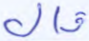
قال